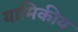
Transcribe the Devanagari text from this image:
यामिकीय